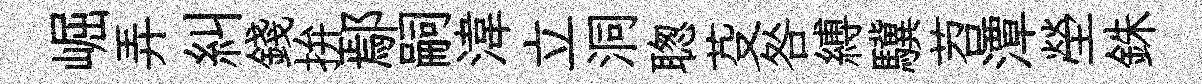
崛弄糾錢拚鄢嗣湋立洞聦芟咎縛驥苕潭塋銖